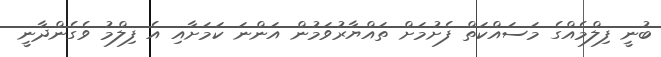
ބުނީ ފިލްމެއްގެ މަސައްކަތް ފެށުމަށް ތައްޔާރުވަމުން އަންނަ ކަމަށާއި އެ ފިލްމު ވެގެންދާނީ